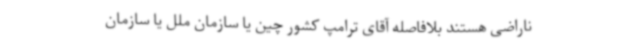
ناراضی هستند بلافاصله آقای ترامپ کشور چین یا سازمان ملل یا سازمان